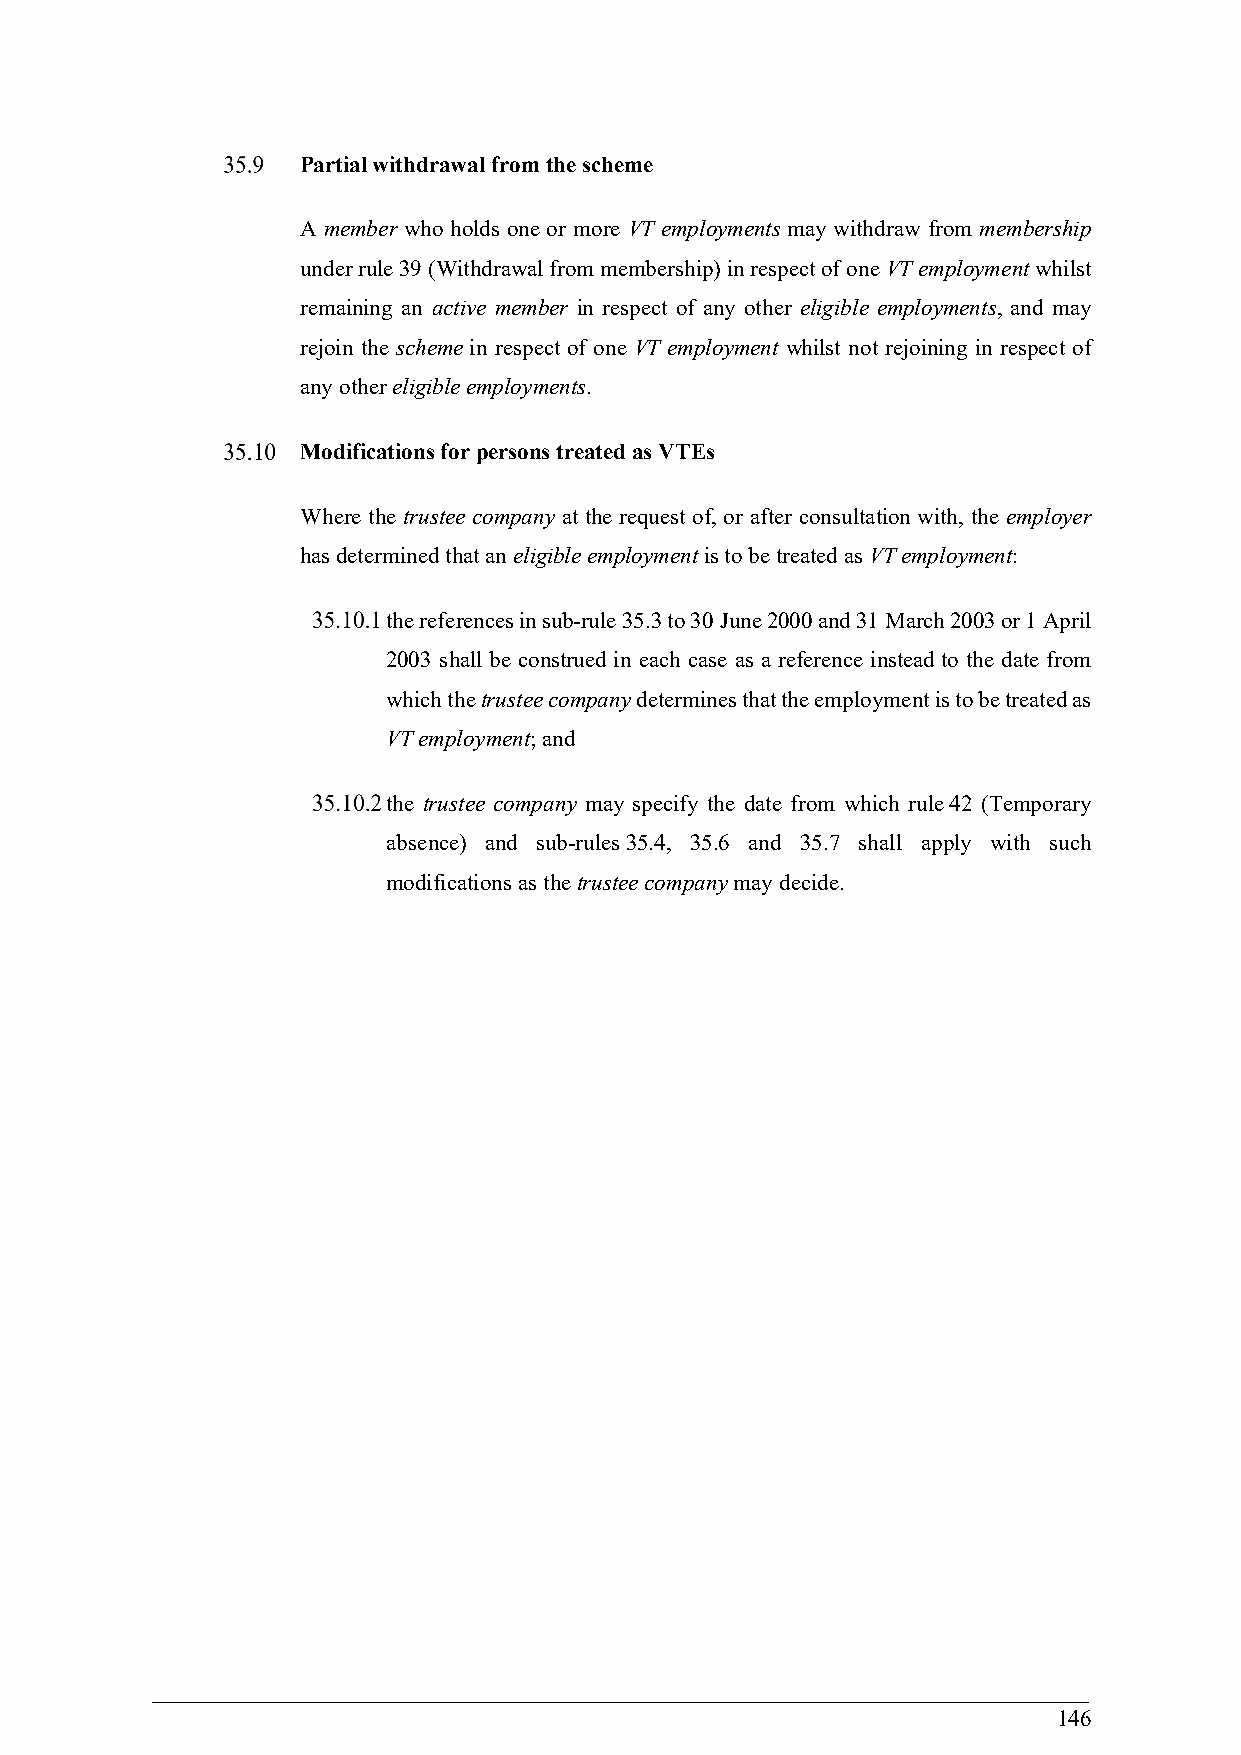
Partial withdrawal from the scheme
 A member who holds one or more VT employments may withdraw from membership
 under rule 39 (Withdrawal from membership) in respect of one VT employment whilst
 remaining an active member in respect of any other eligible employments, and may
 rejoin the scheme in respect of one VT employment whilst not rejoining in respect of
 any other eligible employments.
 Modifications for persons treated as VTEs
 Where the trustee company at the request of, or after consultation with, the employer
 has determined that an eligible employment is to be treated as VT employment:
 the references in sub-rule 35.3 to 30 June 2000 and 31 March 2003 or 1 April
 2003 shall be construed in each case as a reference instead to the date from
 which the trustee company determines that the employment is to be treated as
 VT employment; and
 the trustee company may specify the date from which rule 42 (Temporary
 absence) and sub-rules 35.4, 35.6 and 35.7 shall apply with such
 modifications as the trustee company may decide.
 146